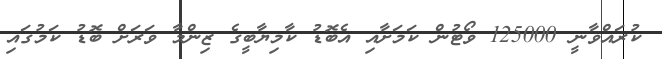
ކުރައްވާނީ 125000 ވޯޓުން ކަމަށާއި އެބޮޑު ކާމިޔާބީގެ ޒިންމާ ވަރަށް ބޮޑު ކަމުގައި